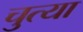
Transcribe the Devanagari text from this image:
चुत्या